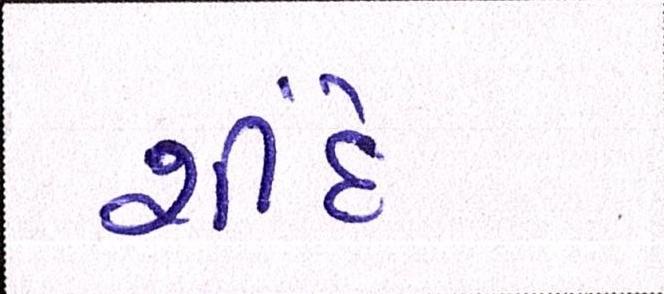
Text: શીંદે